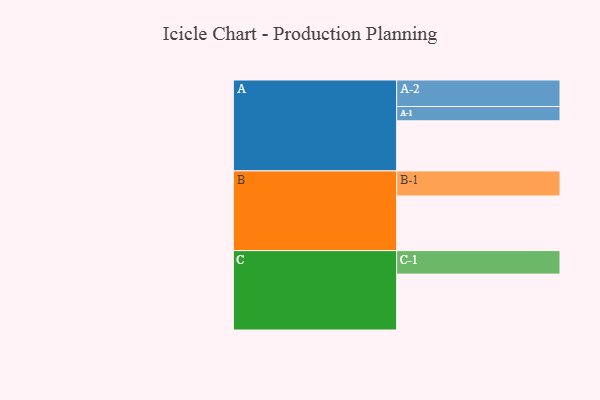
{"axis": {"x": "Segment", "y": "Value"}, "legend": ["", "A", "B", "C"], "data": [{"x": "A", "y": 522, "type": ""}, {"x": "B", "y": 569, "type": ""}, {"x": "C", "y": 582, "type": ""}, {"x": "A-1", "y": 149, "type": "A"}, {"x": "A-2", "y": 276, "type": "A"}, {"x": "B-1", "y": 261, "type": "B"}, {"x": "C-1", "y": 245, "type": "C"}]}